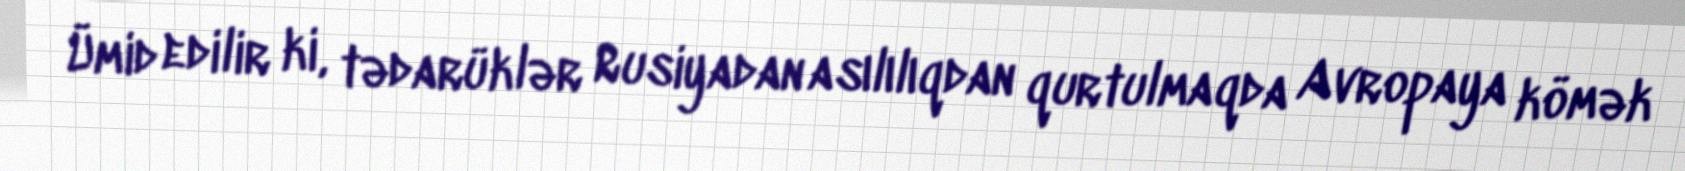
Ümid edilir ki, tədarüklər Rusiyadan asılılıqdan qurtulmaqda Avropaya kömək